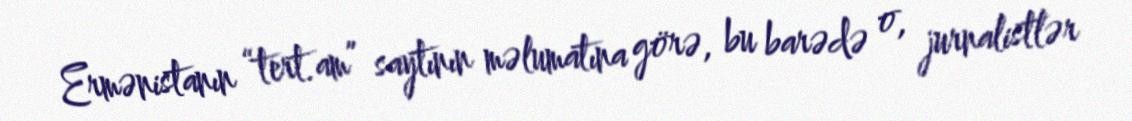
Ermənistanın “tert.am” saytının məlumatına görə, bu barədə o, jurnalistlər